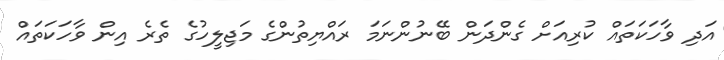
އަދި ވާހަކަތައް ކުރިއަށް ގެންދަން ބޭނުންނަމަ ރައްޔިތުންގެ މަޖިލީހުގެ ތެރެ އިން ވާހަކަތައް